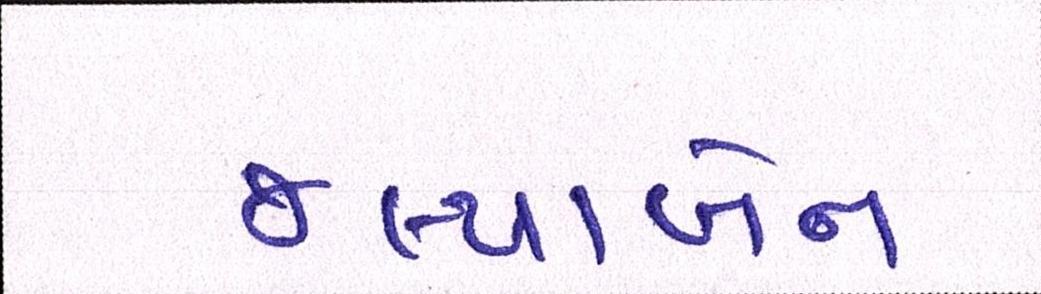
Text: જલ્પાબેન